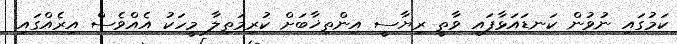
ކަމުގައި ނުވުން ކަނޑައަޅާފައި ވާތީ ރިޔާސީ އިންތިޚާބަށް ކުރިމަތިލާ މީހަކު އެއްވެސް އިރެއްގައި